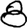
Digit: 8